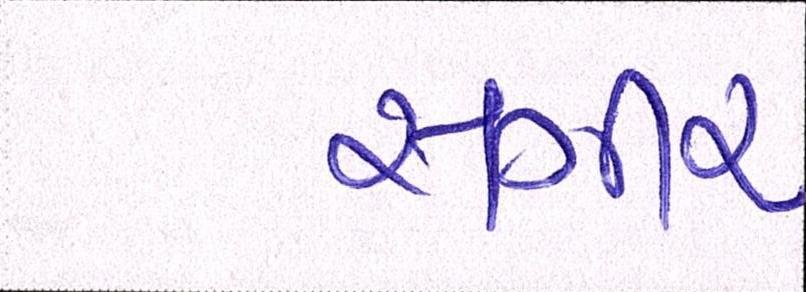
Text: સગીર